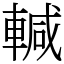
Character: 輱